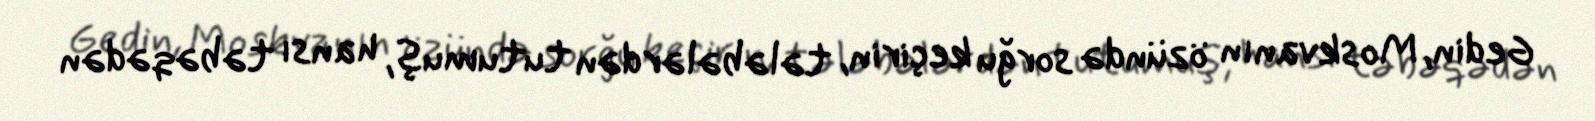
Gedin, Moskvanın özündə sorğu keçirin, tələbələrdən tutumuş, hansı təbəqədən